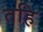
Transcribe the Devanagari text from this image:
तहि